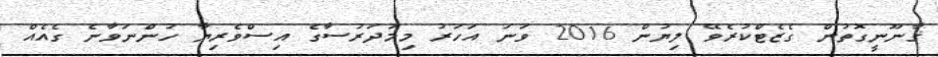
ޤާނޫނީގޮތުން ގެޒެޓްކުރެވޭ ލިޔުން 2016 ވަނަ އަހަރު މިމަދަރުސާގެ އިސްވެރިޔާ ހުންނަވާނެ ގެއެއް